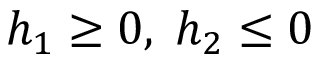
h _ { 1 } \geq 0 , \; h _ { 2 } \leq 0